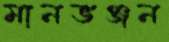
মানভঞ্জন